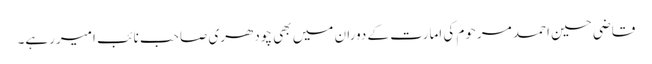
قاضی حسین احمد مرحوم کی امارت کے دوران میں بھی چودھری صاحب نائب امیررہے۔